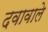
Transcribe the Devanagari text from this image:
दवावाले